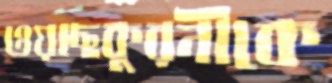
ওয়াছকুরনীকে